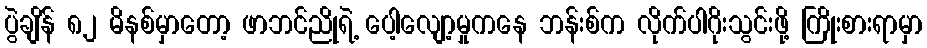
ပွဲချိန် ၈၂ မိနစ်မှာတော့ ဖာဘင်ညိုရဲ့ ပေါ့လျော့မှုကနေ ဘန်းစ်က လိုက်ပါဂိုးသွင်းဖို့ ကြိုးစားရာမှာ